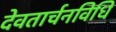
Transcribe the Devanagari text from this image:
देवतार्चनविधि